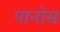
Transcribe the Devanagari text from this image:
पानोस